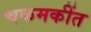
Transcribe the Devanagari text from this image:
चकमकींत